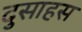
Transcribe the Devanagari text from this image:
दुसाहस